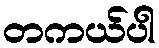
တကယ်ပါ